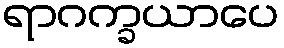
ရာဂက္ခယာပေ